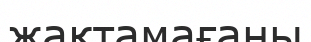
жақтамағаны